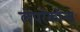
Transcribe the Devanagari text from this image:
लेपरेकॉन्स